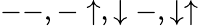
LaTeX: --,-\uparrow,\downarrow-,\downarrow\uparrow